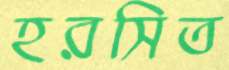
হরসিত